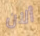
ألان